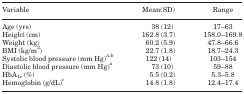
| Variable | Mean(SD) | Range |
 | --- | --- | --- |
 | Age (yrs) | 38 (12) | 17–63 |
 | Height (cm) | 162.8 (3.7) | 158.0–169.8 |
 | Weight (kg) | 60.2 (5.9) | 47.8–66.6 |
 | BMI (kg/m2) | 22.7 (1.8) | 18.7–24.3 |
 | Systolic blood pressure (mm Hg)ab | 122 (14) | 103–154 |
 | Diastolic blood pressure (mm Hg)a | 73 (10) | 59–88 |
 | HbA1c (%) | 5.5 (0.2) | 5.3–5.8 |
 | Hemoglobin (g/dL)c | 14.8 (1.8) | 12.4–17.4 |